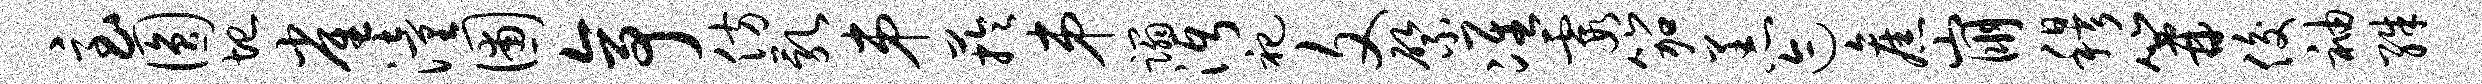
急圆圮雀潼圃亭仿乳弟芋弟蹋沔祀文綮准霞笳恙迹旧崩穆篝俊袖殊